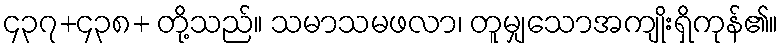
၄၃၇+၄၃၈+ တို့သည်။ သမာသမဖလာ၊ တူမျှသောအကျိုးရှိကုန်၏။